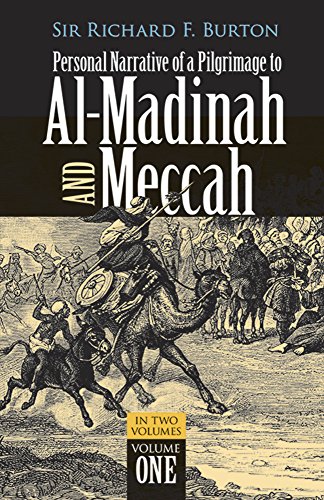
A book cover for Personal Narrative of a Pilgrimage to Al-Madinah and Meccah (Volume 1); Richard Burton; History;